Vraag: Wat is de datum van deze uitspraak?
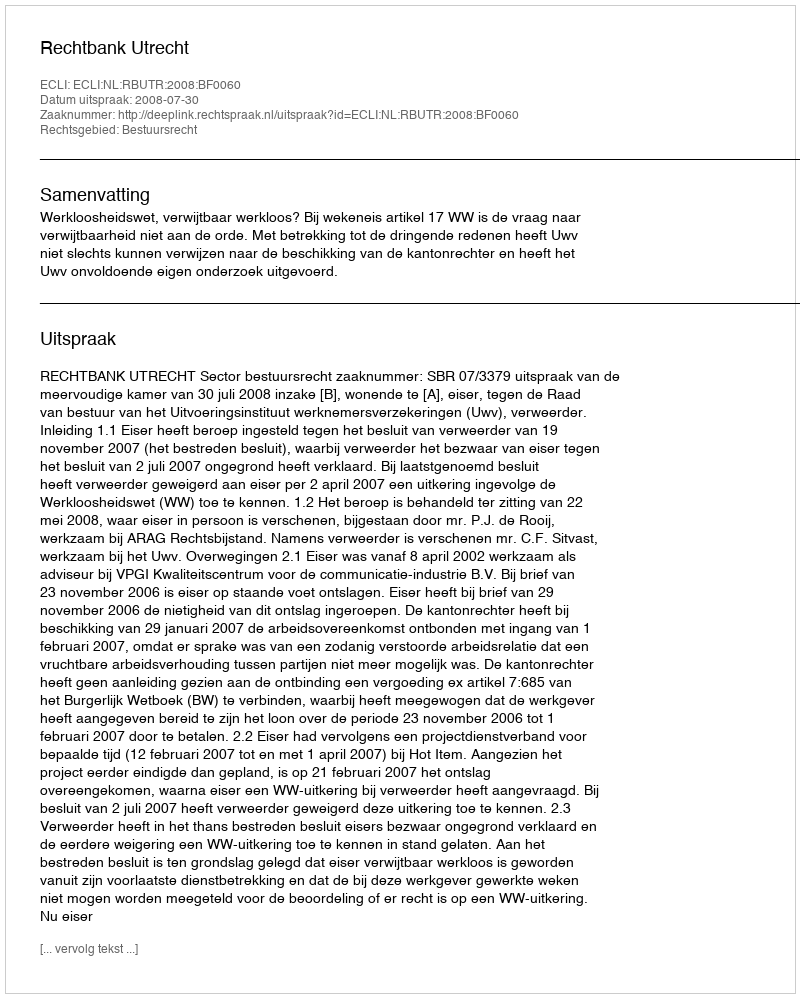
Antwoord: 2008-07-30